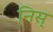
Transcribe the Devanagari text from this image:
निस्‌